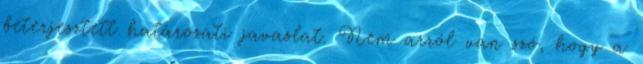
beterjesztett határozati javaslat. Nem arról van szó, hogy a